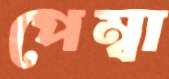
পেম্বা